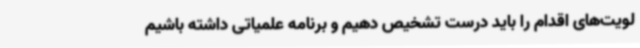
لویت‌های اقدام را باید درست تشخیص دهیم و برنامه علمیاتی داشته باشیم